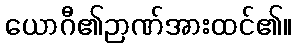
ယောဂီ၏ဉာဏ်အားထင်၏။